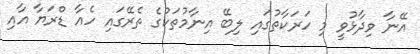
އޭނާ ވިދާޅުވީ މި ހަރަކާތުގައި ލިބޭ އިނާމުތަކުގެ ތެރޭގައި ހެއާ ޑްރަޔާ އާއި